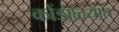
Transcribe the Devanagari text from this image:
कोंडाळ्यात